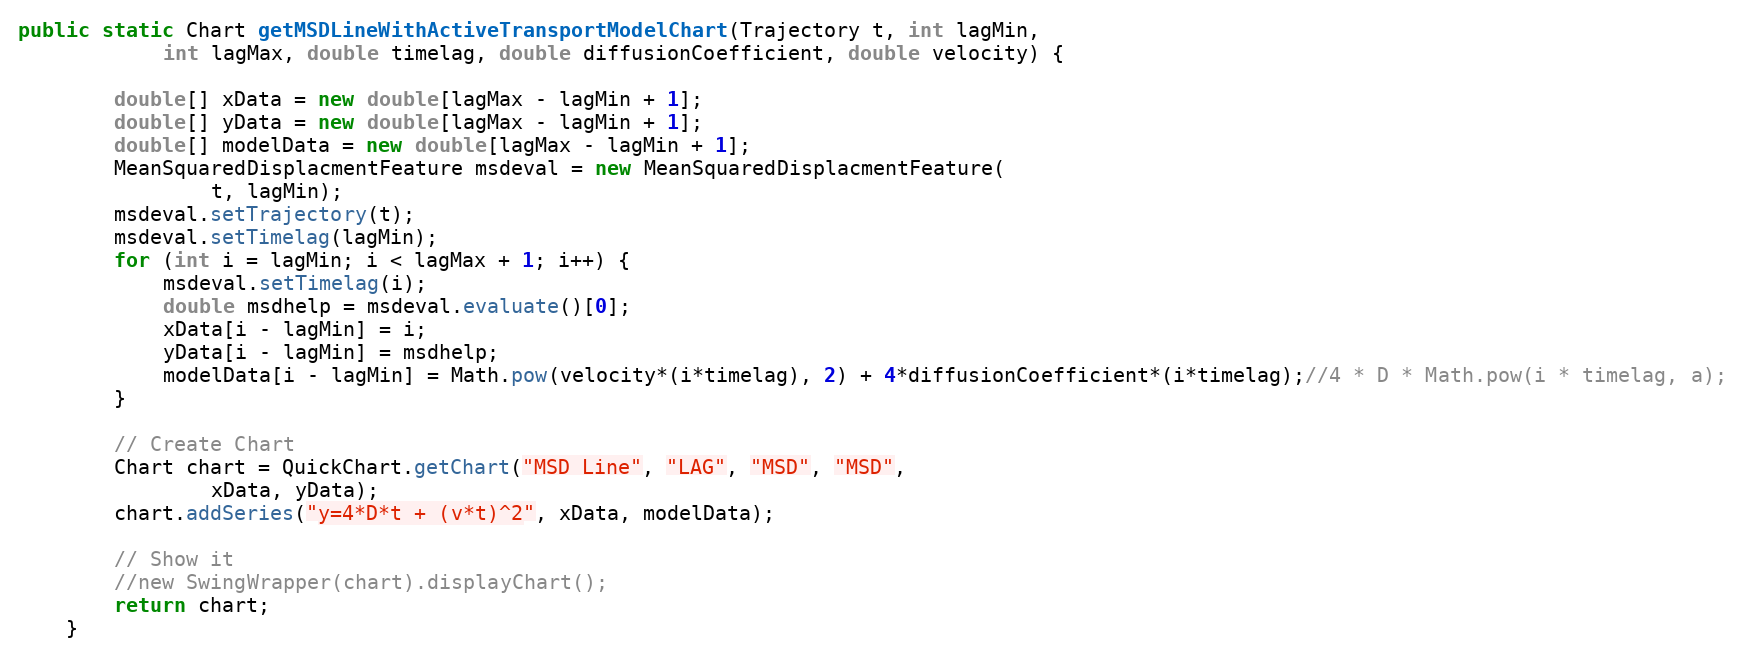
Language: Java
public static Chart getMSDLineWithActiveTransportModelChart(Trajectory t, int lagMin,
			int lagMax, double timelag, double diffusionCoefficient, double velocity) {

		double[] xData = new double[lagMax - lagMin + 1];
		double[] yData = new double[lagMax - lagMin + 1];
		double[] modelData = new double[lagMax - lagMin + 1];
		MeanSquaredDisplacmentFeature msdeval = new MeanSquaredDisplacmentFeature(
				t, lagMin);
		msdeval.setTrajectory(t);
		msdeval.setTimelag(lagMin);
		for (int i = lagMin; i < lagMax + 1; i++) {
			msdeval.setTimelag(i);
			double msdhelp = msdeval.evaluate()[0];
			xData[i - lagMin] = i;
			yData[i - lagMin] = msdhelp;
			modelData[i - lagMin] = Math.pow(velocity*(i*timelag), 2) + 4*diffusionCoefficient*(i*timelag);//4 * D * Math.pow(i * timelag, a);
		}

		// Create Chart
		Chart chart = QuickChart.getChart("MSD Line", "LAG", "MSD", "MSD",
				xData, yData);
		chart.addSeries("y=4*D*t + (v*t)^2", xData, modelData);

		// Show it
		//new SwingWrapper(chart).displayChart();
		return chart;
	}